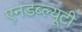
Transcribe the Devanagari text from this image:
एनडब्ल्यूटी